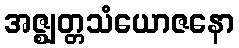
အဇ္ဈတ္တသံယောဇနော